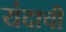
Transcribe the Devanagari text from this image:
यंदाची